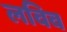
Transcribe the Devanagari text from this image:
लविव